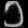
Digit: ၁